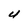
Character: U